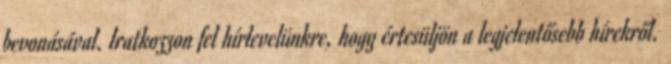
bevonásával. Iratkozzon fel hírlevelünkre, hogy értesüljön a legjelentősebb hírekről.